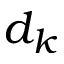
d _ { k }